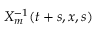
X _ { m } ^ { - 1 } ( t + s , x , s )